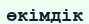
өкімдік